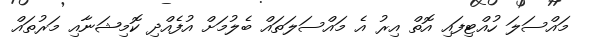
މައްސަލަ ހުއްޓިފައި އޮތް އިރު އެ މައްސަލަތައް ބެލުމަށް އުފެއްދި ކޮމިޝަނާއި މަރުތައް